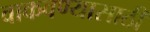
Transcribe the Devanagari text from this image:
वाकवण्यासाठी